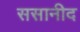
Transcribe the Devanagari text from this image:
ससानीद